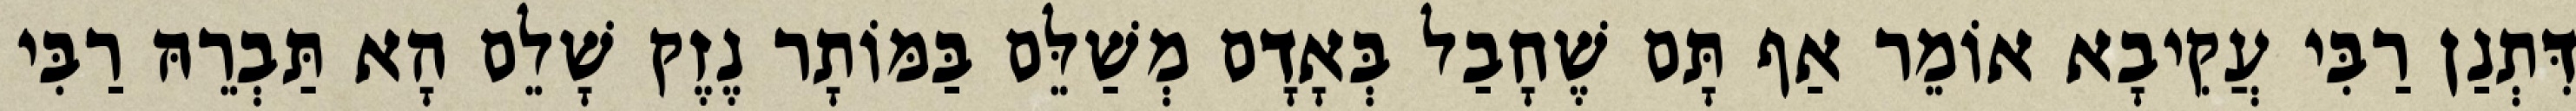
דִּתְנַן רַבִּי עֲקִיבָא אוֹמֵר אַף תָּם שֶׁחָבַל בְּאָדָם מְשַׁלֵּם בַּמּוֹתָר נֶזֶק שָׁלֵם הָא תַּבְרֵהּ רַבִּי